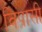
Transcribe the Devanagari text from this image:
विप्रासी